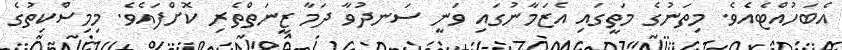
އެބަހުއްޓެއެވެ. މިތަނުގެ މަތީގައި އެޒަމާނުގައި ވަނީ ސަނދުވާ ދަމާ ޒީނަތްތެރި ކޮށްފައެވެ. މިމިސްކިތުގެ